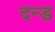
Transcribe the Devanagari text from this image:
दन्ड